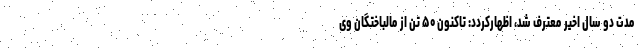
مدت دو سال اخیر معترف شد، اظهارکردد: تاکنون ۵۰ تن از مالباختگان وی